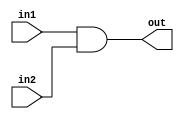
module bit32AND (out,in1,in2);
    input [31:0] in1,in2;
    output [31:0] out;
    assign {out}=in1 &in2;
endmodule

module bit32OR (out,in1,in2);
    input [31:0] in1,in2;
    output [31:0] out;
    assign {out}=in1 | in2;
endmodule

module tb32bitandor;
reg [31:0] IN1,IN2;
wire [31:0] OUTA,OUTO;
bit32AND a1 (OUTA,IN1,IN2);
bit32OR o1 (OUTO,IN1,IN2);
initial
begin
    //$monitor(,$time," IN1=%h IN2=%h AND=%h OR=%h",IN1,IN2,OUTA,OUTO);
    IN1=32'hA5A5;
    IN2=32'h5A5A;
    #10 IN1=32'h5A5A;
    #20 $finish;
end
endmodule